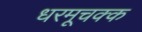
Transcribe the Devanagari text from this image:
धरमूचक्क